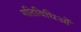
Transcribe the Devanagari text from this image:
गतिविधिओं